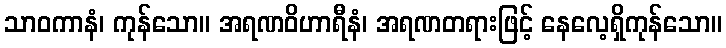
သာဝကာနံ၊ ကုန်သော။ အရဏဝိဟာရီနံ၊ အရဏတရားဖြင့် နေလေ့ရှိကုန်သော။